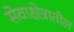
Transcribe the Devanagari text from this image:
सेवाक्षेत्रातील